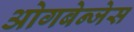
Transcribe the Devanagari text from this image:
ओगबेन्जेस